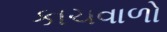
કાચવાળો